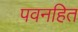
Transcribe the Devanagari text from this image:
पवनहित